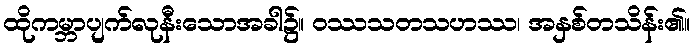
ထိုကမ္ဘာပျက်လုနီးသောအခါ၌။ ဝဿသတသဟဿ၊ အနှစ်တသိန်း၏။